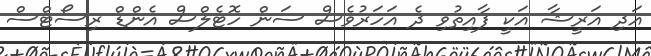
އަދި އަރީޝާ އަކީ ފާއިތުވި ދެ އަހަރުވެސް ސަން ހޮޓެލްސް އެންޑް ރިސޯޓްސް